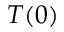
T ( 0 )